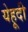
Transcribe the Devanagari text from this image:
येहूदी